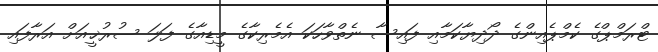
ޓްރަމްޕްގެ ކެމްޕެއިންގެ ދޯދިޔާކަމާއި ފައިސާ ނެތްވާހަކަ އެމެރިކާގެ މީޑިއާގެ ފަލަ ސުރުޚީއަށް އަރާފައި